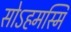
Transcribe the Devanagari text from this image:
सोऽहमस्मि